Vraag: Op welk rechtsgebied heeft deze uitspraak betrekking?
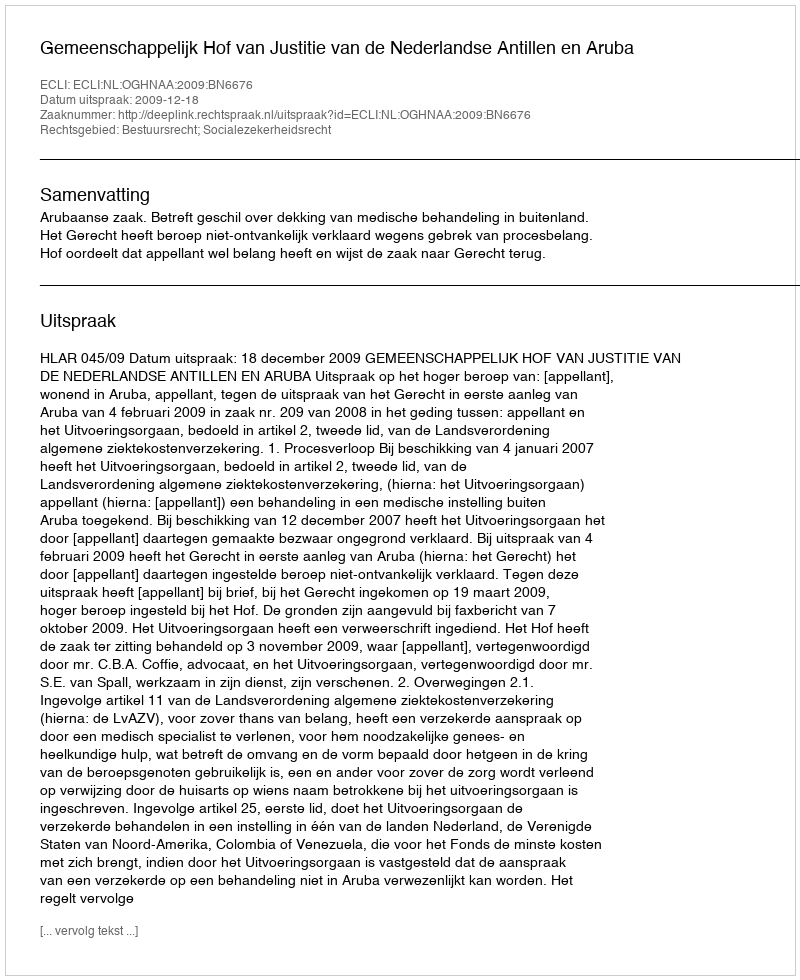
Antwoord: Bestuursrecht; Socialezekerheidsrecht